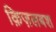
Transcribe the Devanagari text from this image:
क़िज़लबश